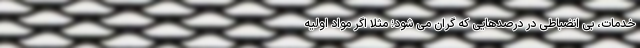
خدمات، بی انضباطی در درصدهایی که گران می شود؛ مثلا اگر مواد اولیه